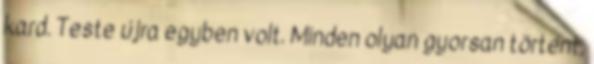
kard. Teste újra egyben volt. Minden olyan gyorsan történt,